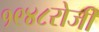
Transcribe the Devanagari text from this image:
१९४८रोजी